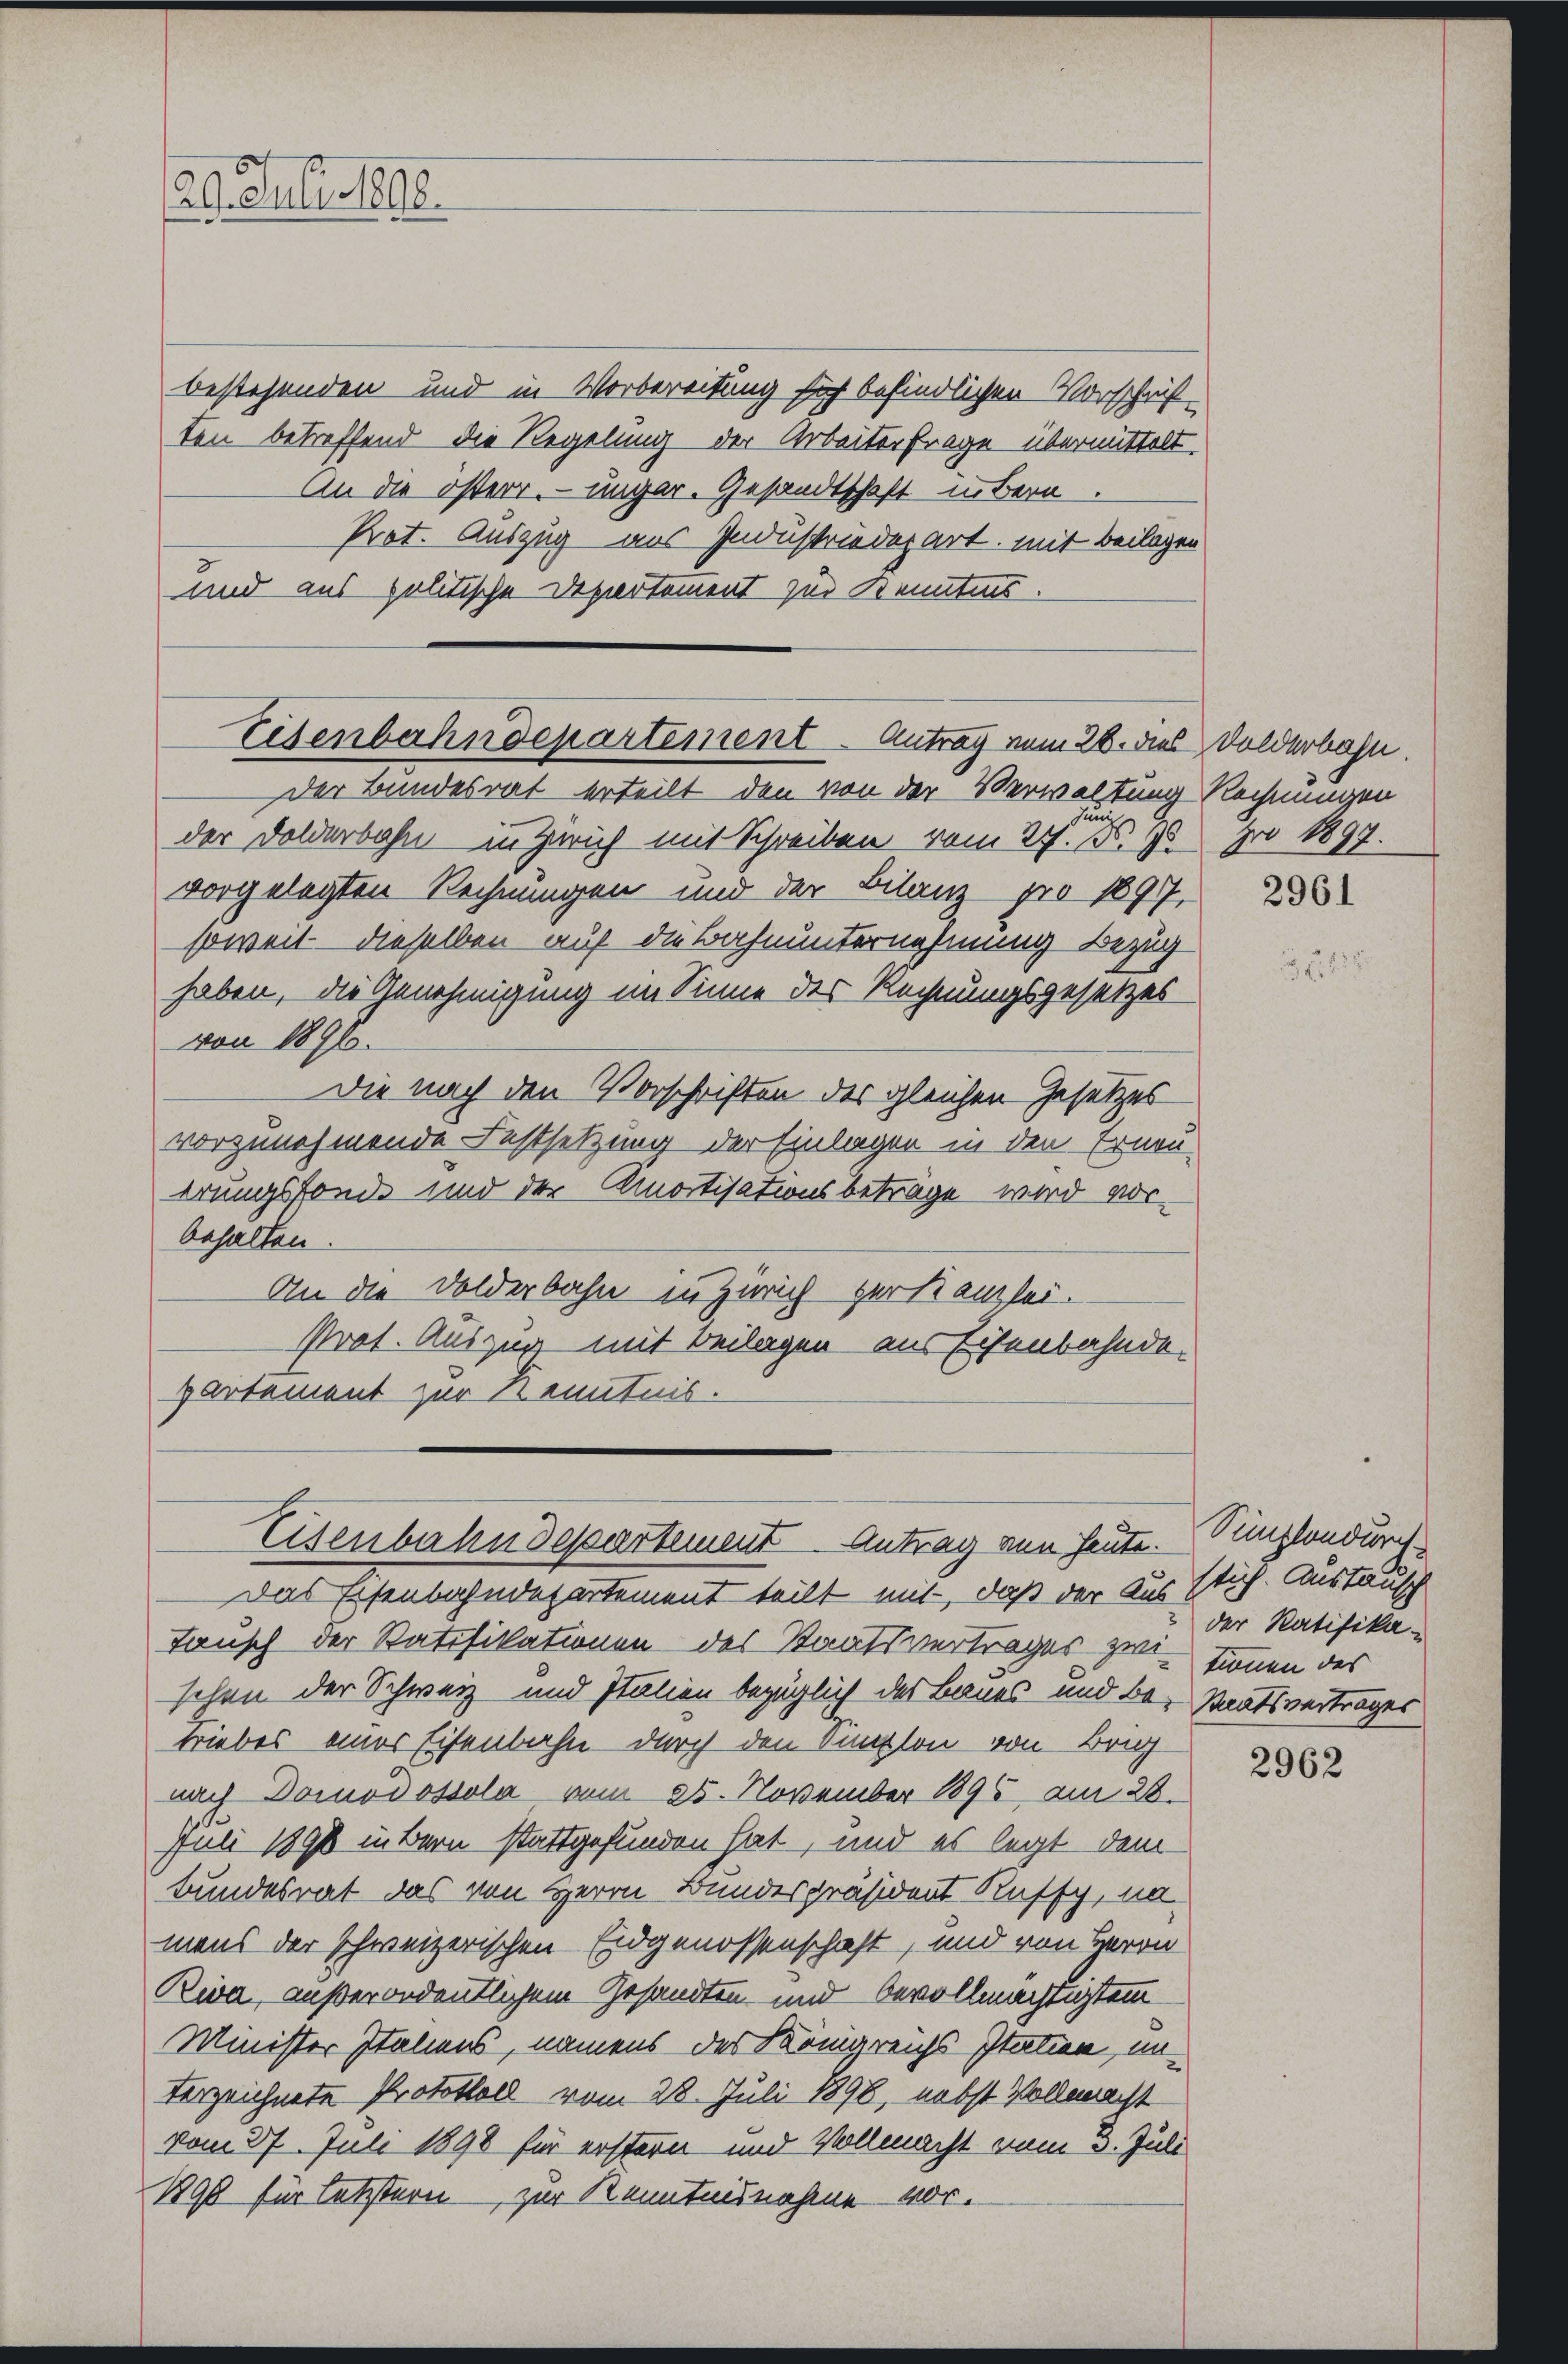
29. Juli 1890.

bestehenden und in Vorbereitung sich befindlichen Vorschrift-
ten betreffend die Regelung der Arbeiterfrage übermittelt.
An die österr. ungar. Gesandtschaft in Bern.
Prot. Auszug aus Industriedepart, mit Beilagen
und aus politische Departement zur Kenntnis.

Eisenbahndepartement - Antrag vom 28. dies Dolderbahn.
Der Bundesrat erteilt, den von der Verwaltung Rechnungen

Eisenbahndepartement. Antrag an heute. Simplondurch

der Dolderbahn in Zürich mit Schreiben vom 24. No. 95 pro 1897.
vorgelegten Rechnungen und der Bilanz pro 1897,
soweit dieselben auf die Bahnunternehmung Bezug
haben, die Genehmigung im Sinne der Rechnungsgesetzes
von 1896.
Die nach den Vorschriften der gleichen Gesetzes
vorzunehmende Festsetzung der Einlagen in den Erneu-
erungsfonde und der Amortisationsbetrage wird vorbehalten.
An die Dolderbahn in Zürich zur Kanzlei.
Prot. Auszug mit Beilagen aus Eisenbahnde.
partement zur Kenntnis.

Das Eisenbahndepartement teilt mit, daß der Ausstuf. Austausch
Tausch der Ratifikationen des Staatsvertrages zwi- tirmen des
schen der Schweiz und Italien bezüglich des Baues und be- Staatsvertrages
triebes einer Eisenbahn durch den Sunsten von Brig
nach Domodossola vom 25. November 1896, am 28.
Juli 1890 in Bern stattgefunden hat, und es legt dem
Bundesrat das von Herrn Bundespräsident Ruffy, na-
mans der schweizerischen Eidgenossenschaft, und von Herrn
Riva, außerordentlichem Gesandten und bevollmächtigtem
Minister Italiens, namens des Königreichs Italien, unterzeichnete Protokoll vom 28. Juli 1898, nebst Vollmacht
vom 27. Juli 1898 für erstern und Vollmacht vom 3. Juli
1890 für letztern zur Kenntnisnahme vor.

2961

der Ratifika-

2962